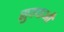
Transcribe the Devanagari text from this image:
सुवधाओं